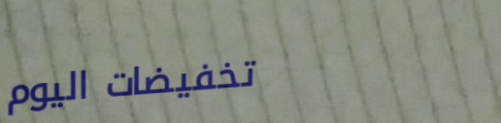
تخفيضات اليوم